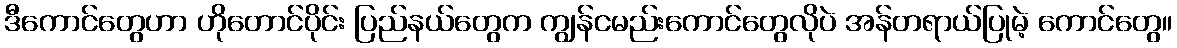
ဒီကောင်တွေဟာ ဟိုတောင်ပိုင်း ပြည်နယ်တွေက ကျွန်ငမည်းကောင်တွေလိုပဲ အန်တရာယ်ပြုမဲ့ ကောင်တွေ။